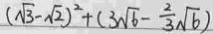
( \sqrt { 3 } - \sqrt { 2 } ) ^ { 2 } + ( 3 \sqrt { 6 } - \frac { 2 } { 3 } \sqrt { 6 } )